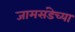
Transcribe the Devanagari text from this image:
जामसंडेच्या